Indian Civil Veterinary Department memoirs
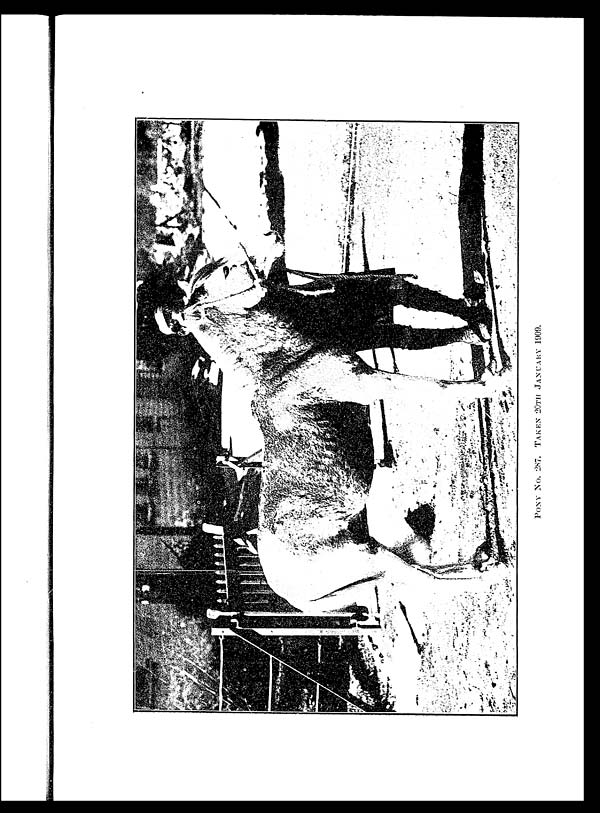
PONY No. 287. TAKEN 20TH JANUARY 1909.